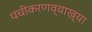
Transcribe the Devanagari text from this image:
पंचीकरणव्याख्या